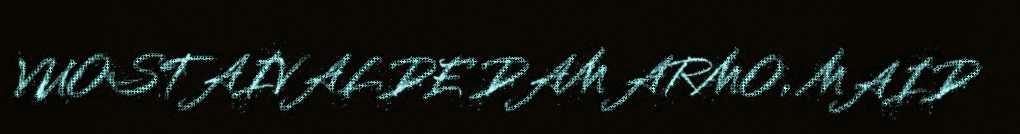
VUOSTAIVALDE DAM ARMO, MAID